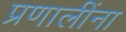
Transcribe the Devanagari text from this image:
प्रणालींना